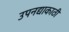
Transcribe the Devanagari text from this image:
उपनद्याकाठी